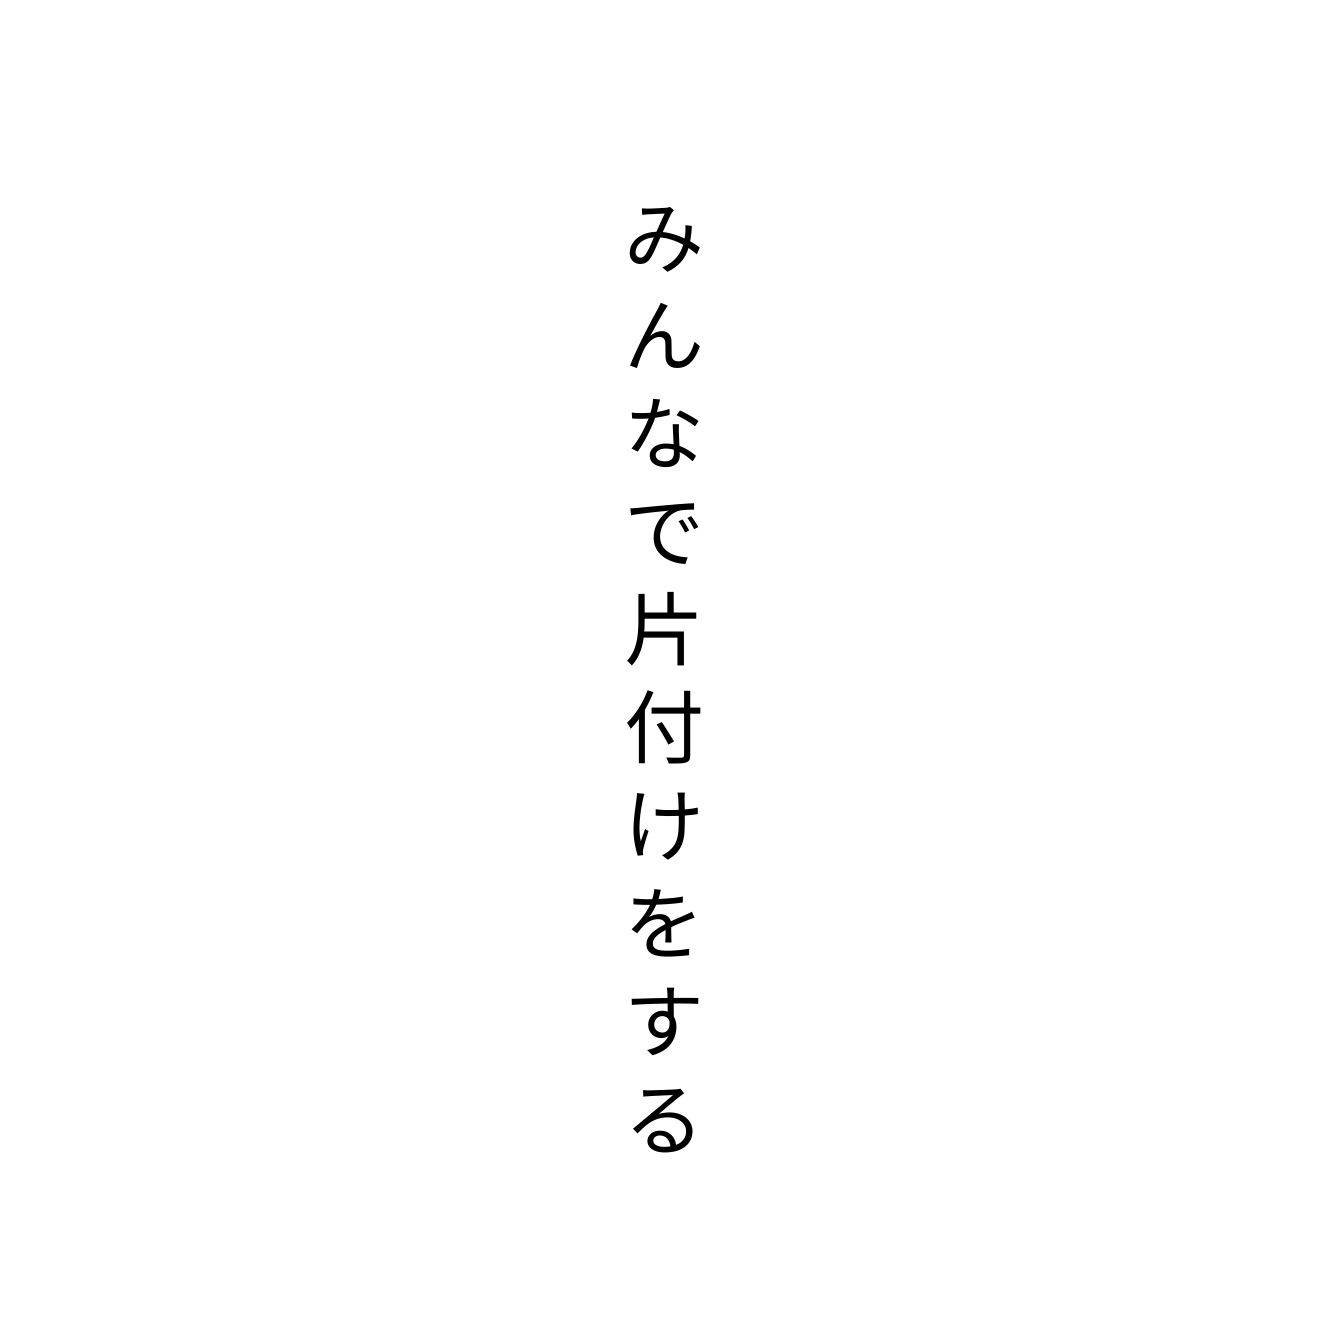
みんなで片付けをする